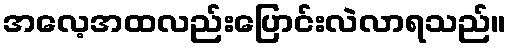
အလေ့အထလည်းပြောင်းလဲလာရသည်။